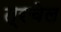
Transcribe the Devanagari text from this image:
त्रचेल